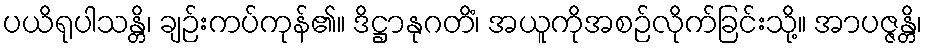
ပယိရုပါသန္တိ၊ ချဉ်းကပ်ကုန်၏။ ဒိဋ္ဌာနုဂတိံ၊ အယူကိုအစဉ်လိုက်ခြင်းသို့။ အာပဇ္ဇန္တိ၊